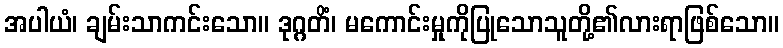
အပါယံ၊ ချမ်းသာကင်းသော။ ဒုဂ္ဂတိံ၊ မကောင်းမှုကိုပြုသောသူတို့၏လားရာဖြစ်သော။